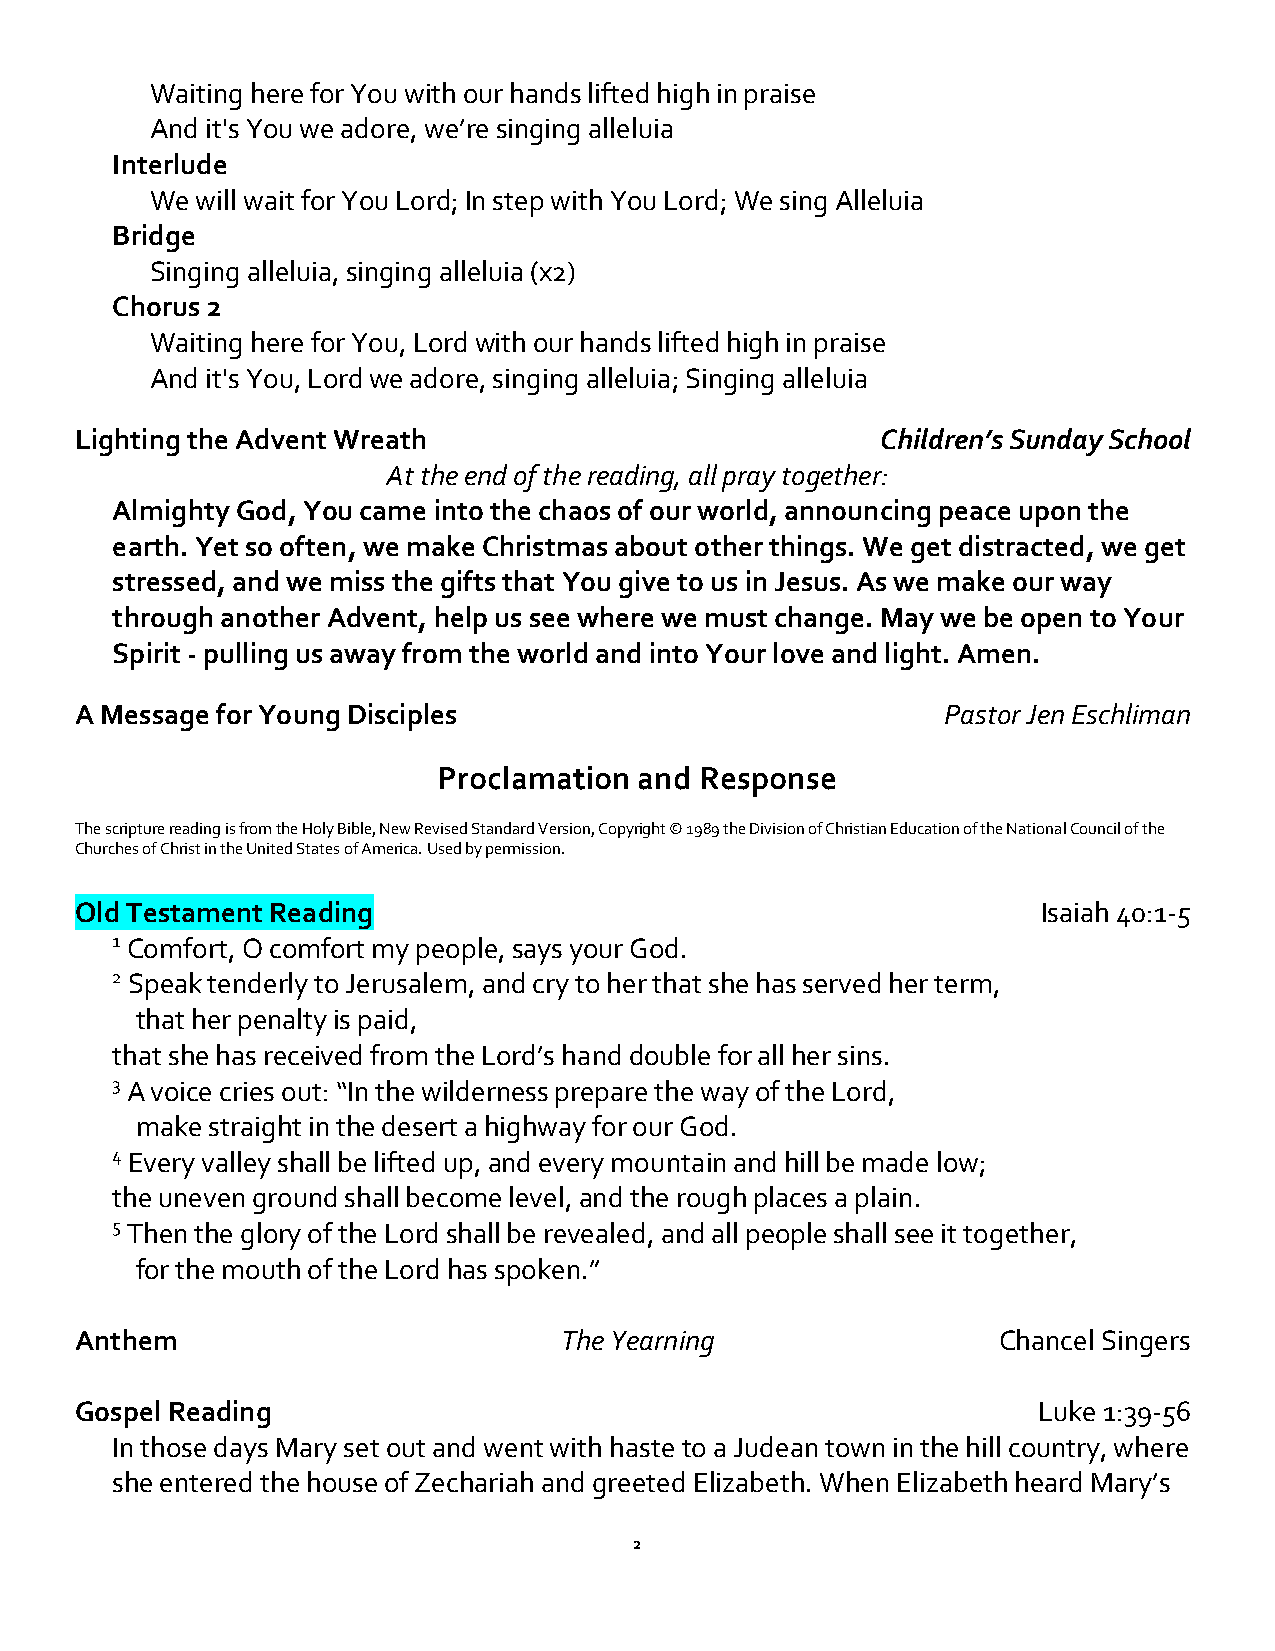
Waiting here for You with our hands lifted high in praise
 And it's You we adore, we’re singing alleluia
 Interlude
 We will wait for You Lord; In step with You Lord; We sing Alleluia
 Bridge
 Singing alleluia, singing alleluia (x2)
 Chorus 2
 Waiting here for You, Lord with our hands lifted high in praise
 And it's You, Lord we adore, singing alleluia; Singing alleluia
 Lighting the Advent Wreath                           Children’s Sunday School
 At the end of the reading, all pray together:
 Almighty God, You came into the chaos of our world, announcing peace upon the
 earth. Yet so often, we make Christmas about other things. We get distracted, we get
 stressed, and we miss the gifts that You give to us in Jesus. As we make our way
 through another Advent, help us see where we must change. May we be open to Your
 Spirit - pulling us away from the world and into Your love and light. Amen.
 A Message for Young Disciples                            Pastor Jen Eschliman
 Proclamation and Response
 The scripture reading is from the Holy Bible, New Revised Standard Version, Copyright © 1989 the Division of Christian Education of the National Council of the
 Churches of Christ in the United States of America. Used by permission.
 Old Testament Reading                                           Isaiah 40:1-5
 1 Comfort, O comfort my people, says your God.
 2 Speak tenderly to Jerusalem, and cry to her that she has served her term,
 that her penalty is paid,
 that she has received from the Lord’s hand double for all her sins.
 3 A voice cries out: “In the wilderness prepare the way of the Lord,
 make straight in the desert a highway for our God.
 4 Every valley shall be lifted up, and every mountain and hill be made low;
 the uneven ground shall become level, and the rough places a plain.
 5 Then the glory of the Lord shall be revealed, and all people shall see it together,
 for the mouth of the Lord has spoken.”
 Anthem                          The Yearning                 Chancel Singers
 Gospel Reading                                                  Luke 1:39-56
 In those days Mary set out and went with haste to a Judean town in the hill country, where
 she entered the house of Zechariah and greeted Elizabeth. When Elizabeth heard Mary’s
 2